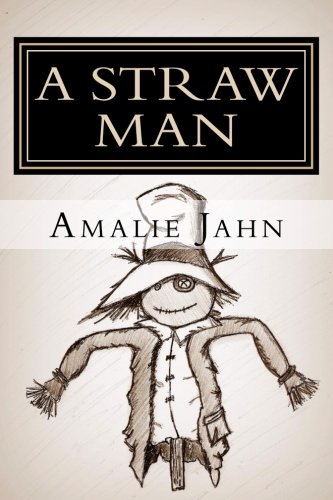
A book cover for A Straw Man (The Clay Lion Series) (Volume 3); Amalie Jahn; Science Fiction & Fantasy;